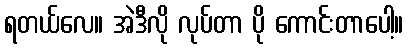
ရတယ်လေ။ အဲဒီလို လုပ်တာ ပို ကောင်းတာပေါ့။